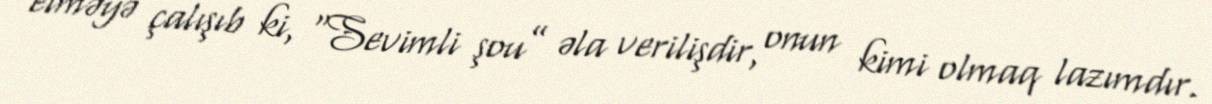
etməyə çalışıb ki, “Sevimli şou” əla verilişdir, onun kimi olmaq lazımdır.